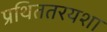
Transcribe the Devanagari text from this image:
प्रथिततरयशा